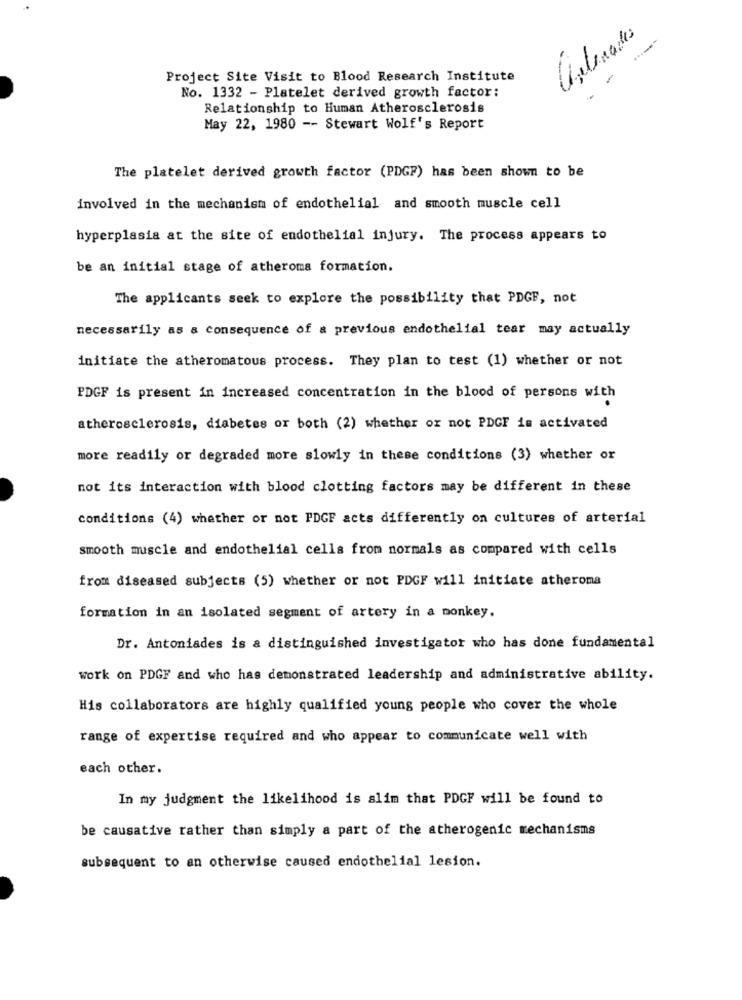
Project Site Visit to Blood Research Institute
No. 1332 - Platelet derived growth factor:
Relationship to Human Atherosclerosis
May 22, 1980 -- Stewart Wolf's Report
The platelet derived growth factor (PDGF) has been shown to be
involved in the mechanism of endothelial and smooth muscle cell
hyperplasia at the site of endothelial injury. The process appears to
be an initial stage of atheroma formation.
The applicants seek to explore the possibility that PDGF, not
necessarily as a consequence of a previous endothelial tear may actually
initiate the atheromatous process. They plan to test (1) whether or not
PDGF is present in increased concentration in the blood of persons with
atherosclerosis, diabetes or both (2) whether or not PDGF is activated
more readily or degraded more slowly in these conditions (3) whether or
not its interaction with blood clotting factors may be different in these
conditions (4) whether or not PDGF acts differently on cultures of arterial
smooth muscle and endothelial cells from normals as compared with cells
from diseased subjects (5) whether or not PDGF will initiate atheroma
formation in an isolated segment of artery in a monkey.
Dr. Antoniades is & distinguished investigator who has done fundamental
work on PDGF and who has demonstrated leadership and administrative ability.
His collaborators are highly qualified young people who cover the whole
range of expertise required and who appear to communicate well with
each other.
In my judgment the likelihood is alim that PDGF will be found to
be causative rather than simply a part of the atherogenic mechanisms
subsequent to an otherwise caused endothelial lesion.